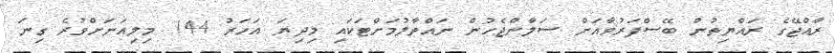
ރާއްޖޭގެ ރައްޔިތުން ބޭސްފަރުވާއަށް ސަލާންޖެހުން ނައްތާލުމަށްޓަކައި މިދިޔަ އަހަރު 144 މިލިއަނަށްވުރެ ގިނަ